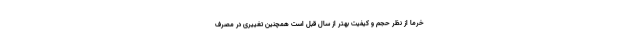
خرما از نظر حجم و کیفیت بهتر از سال قبل است همچنین تغییری در مصرف